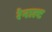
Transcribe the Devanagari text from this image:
रेनाल्ट